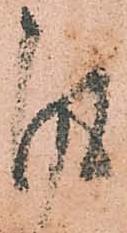
彼